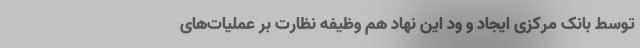
توسط بانک مرکزی ایجاد و ود این نهاد هم وظیفه نظارت بر عملیات‌های